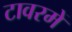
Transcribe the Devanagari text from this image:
टावरमें